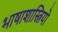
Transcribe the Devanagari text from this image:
भाषाशास्त्रियो